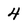
Character: 4